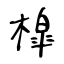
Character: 槹